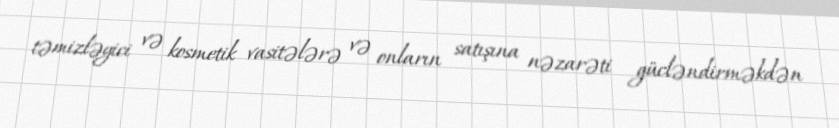
təmizləyici və kosmetik vasitələrə və onların satışına nəzarəti gücləndirməkdən